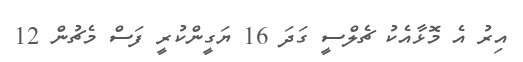
އިރު އެ މޮޅާއެކު ޗެލްސީ ގަދަ 16 ޔަގީންކުރީ ފަސް މެޗުން 12